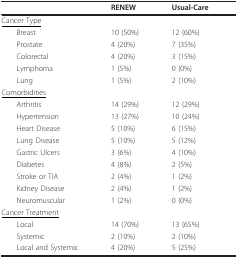
<table><thead><tr><td></td><td><b>RENEW</b></td><td><b>Usual-Care</b></td></tr></thead><tbody><tr><td><underline>Cancer Type</underline></td><td></td><td></td></tr><tr><td> Breast</td><td>10 (50%)</td><td>12 (60%)</td></tr><tr><td> Prostate</td><td>4 (20%)</td><td>7 (35%)</td></tr><tr><td> Colorectal</td><td>4 (20%)</td><td>3 (15%)</td></tr><tr><td> Lymphoma</td><td>1 (5%)</td><td>0 (0%)</td></tr><tr><td> Lung</td><td>1 (5%)</td><td>2 (10%)</td></tr><tr><td><underline>Comorbidities</underline></td><td></td><td></td></tr><tr><td> Arthritis</td><td>14 (29%)</td><td>12 (29%)</td></tr><tr><td> Hypertension</td><td>13 (27%)</td><td>10 (24%)</td></tr><tr><td> Heart Disease</td><td>5 (10%)</td><td>6 (15%)</td></tr><tr><td> Lung Disease</td><td>5 (10%)</td><td>5 (12%)</td></tr><tr><td> Gastric Ulcers</td><td>3 (6%)</td><td>4 (10%)</td></tr><tr><td> Diabetes</td><td>4 (8%)</td><td>2 (5%)</td></tr><tr><td> Stroke or TIA</td><td>2 (4%)</td><td>1 (2%)</td></tr><tr><td> Kidney Disease</td><td>2 (4%)</td><td>1 (2%)</td></tr><tr><td> Neuromuscular</td><td>1 (2%)</td><td>0 (0%)</td></tr><tr><td><underline>Cancer Treatment</underline></td><td></td><td></td></tr><tr><td> Local</td><td>14 (70%)</td><td>13 (65%)</td></tr><tr><td> Systemic</td><td>2 (10%)</td><td>2 (10%)</td></tr><tr><td> Local and Systemic</td><td>4 (20%)</td><td>5 (25%)</td></tr></tbody></table>